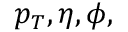
p _ { T } , \eta , \phi ,